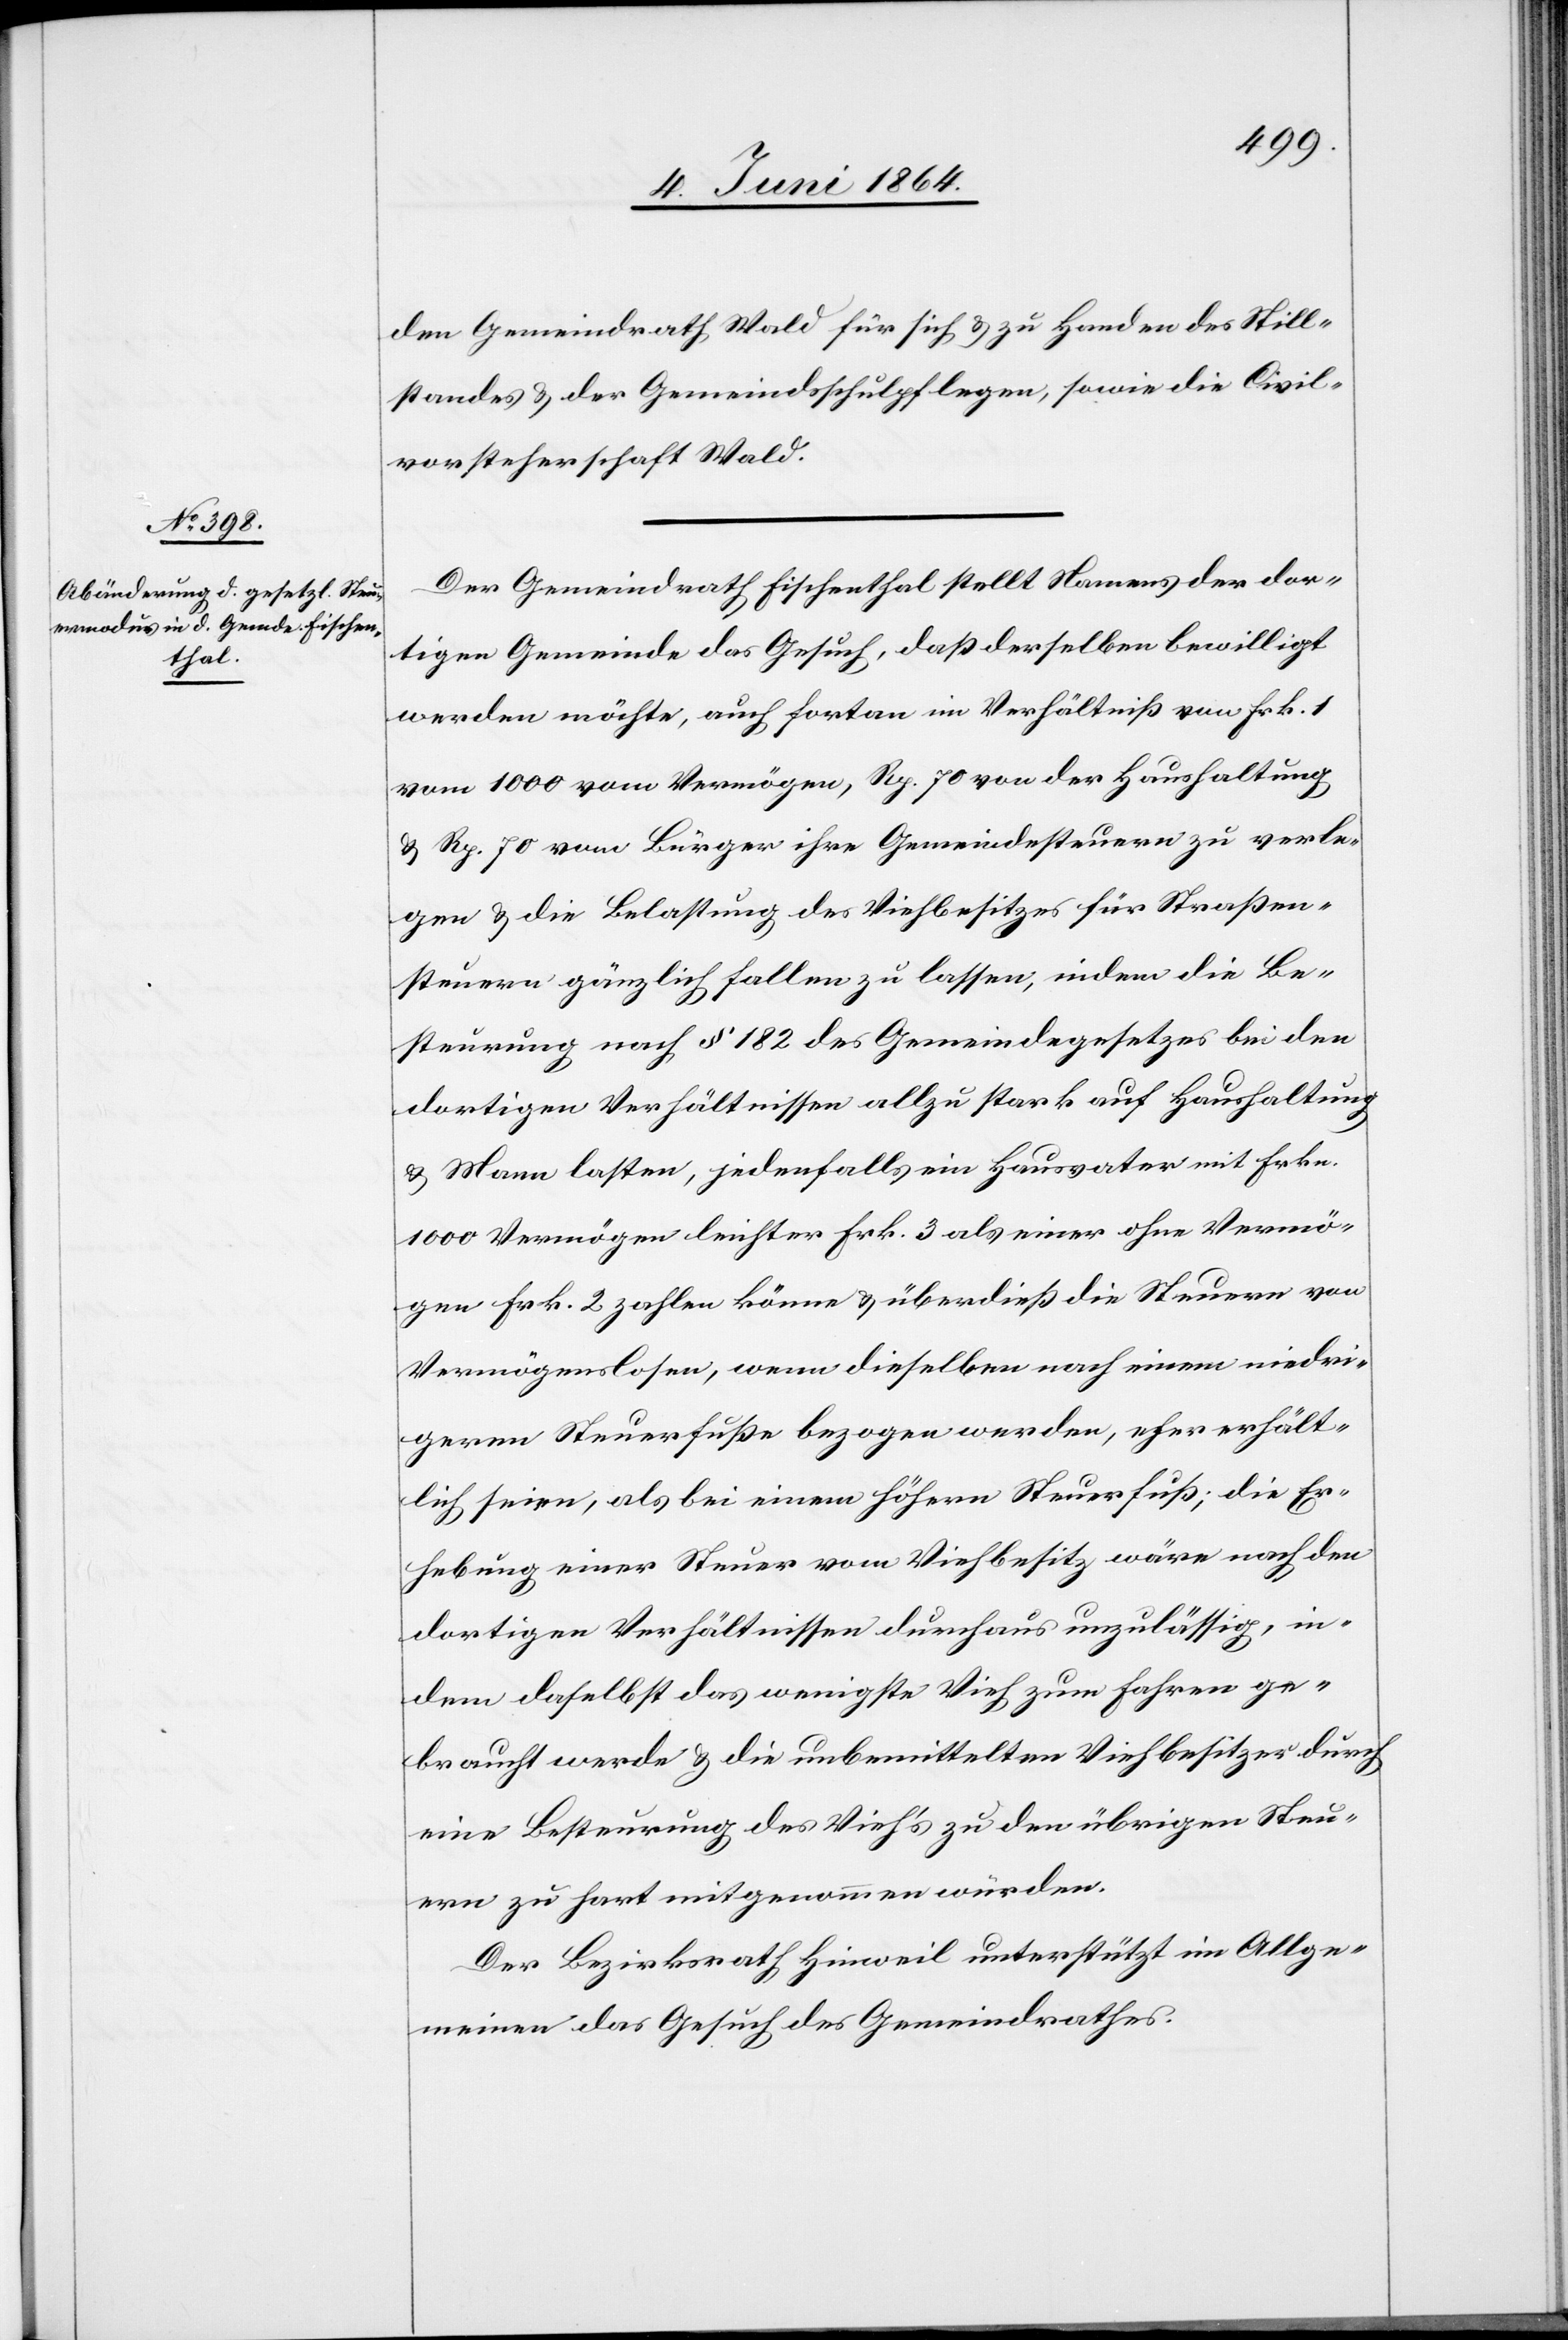
den Gemeindrath Wald für sich u. zu Handen des Still¬
standes u. der Gemeindsschulpflegen, sowie die Civil¬
vorsteherschaft Wald.
Der Gemeindrath Fischenthal stellt Namens der dor¬
tigen Gemeinde das Gesuch, daß derselben bewilligt
werden möchte, auch fortan im Verhältniß von Frk. 1
vom 1000 vom Vermögen, Rp. 70 von der Haushaltung
u. Rp. 70 vom Bürger ihre Gemeindsteuern zu verla¬
ngen u. die Belastung des Viehbesitzes für Straßen¬
steuern gänzlich fallen zu lassen, indem die Be¬
steuerung nach § 182 des Gemeindegesetzes bei den
dortigen Verhältnissen allzu stark auf Haushaltung
u. Mann lasten, jedenfalls ein Hausvater mit Frkn.
1000 Vermögen leichter Frk. 3 als einer ohne Vermö¬
gen Frk. 2 zahlen könne u. überdieß die Steuern von
Vermögenslosen, wenn dieselben nach einem niedri¬
geren Steuerfuße bezogen werden, eher erhält¬
lich seien, als bei einem höhern Steuerfuß; die Er¬
hebung einer Steuer vom Viehbesitz wäre nach den
dortigen Verhältnissen durchaus unzulässig, in¬
dem daselbst das wenigste Vieh zum Fahren ge¬
braucht werde u. die unbemittelten Viehbesitzer durch
eine Besteuerung des Vieh’s zu den übrigen Steu¬
ern hart mitgenommen würden.
Der Bezirksrath Hinweil unterstützt im Allge¬
meinen das Gesuch des Gemeindrathes.